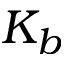
K _ { b }